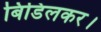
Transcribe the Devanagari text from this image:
बिडिलकर।